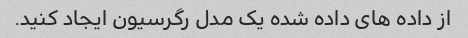
از داده های داده شده یک مدل رگرسیون ایجاد کنید.